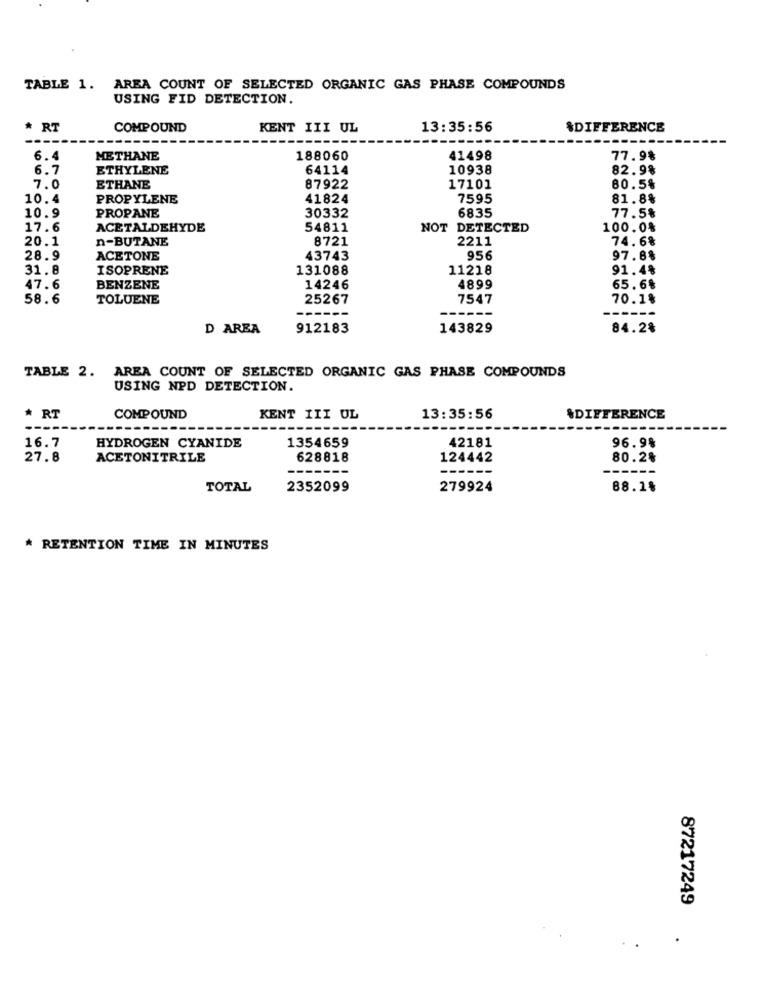
TABLE 1. AREA COUNT OF SELECTED ORGANIC GAS PHASE COMPOUNDS
USING FID DETECTION.
* RT
COMPOUND
KENT III UL
13:35:56
$DIFFERENCE
6.4
METHANE
188060
41498
77.9%
6.7
ETHYLENE
64114
10938
82.9%
7.0
ETHANE
87922
17101
80.5%
10.4
PROPYLENE
41824
7595
81.8%
PROPANE
6835
77.5%
10.9
30332
17.6
ACETALDEHYDE
54811
NOT DETECTED
100.0%
20.1
n-BUTANE
8721
2211
74.6%
28.9
ACETONE
43743
956
97.8%
31.8
ISOPRENE
131088
11218
91.4%
47.6
BENZENE
14246
4899
65.6%
58.6
TOLUENE
25267
7547
70.1%
------
------
D AREA
912183
143829
84.2%
TABLE 2. AREA COUNT OF SELECTED ORGANIC GAS PHASE COMPOUNDS
USING NPD DETECTION.
* RT
COMPOUND
KENT III OL
13:35:56
%DIFFERENCE
16.7
HYDROGEN CYANIDE
1354659
42181
96.9%
27.8
ACETONITRILE
628818
124442
80.2%
---
------
TOTAL
2352099
279924
88.18
* RETENTION TIME IN MINUTES
87217249